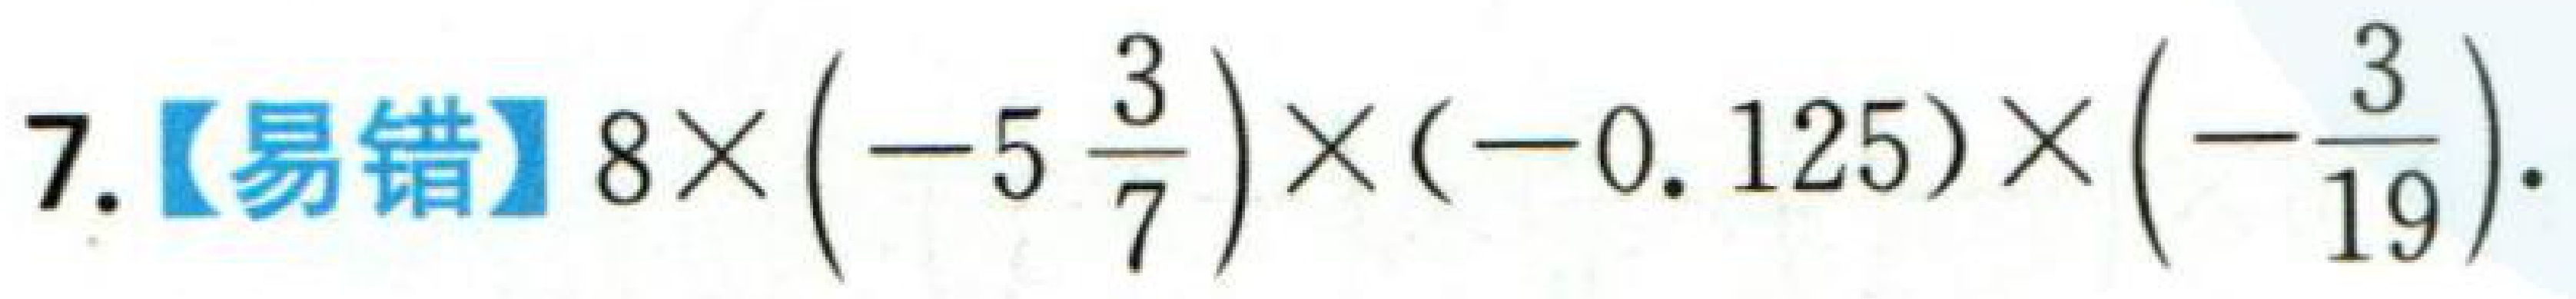
7.【易错】\(8\times\left(-5\frac{3}{7}\right)\times(-0.125)\times\left(-\frac{3}{19}\right)\).